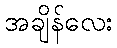
အချိန်လေး